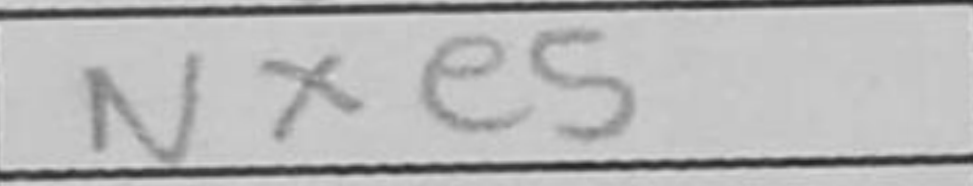
Transcription: Nxe5